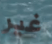
غير